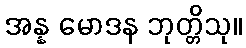
အန္န မောဒန ဘုတ္တိသု။